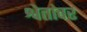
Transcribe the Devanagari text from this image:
श्वेतांवर